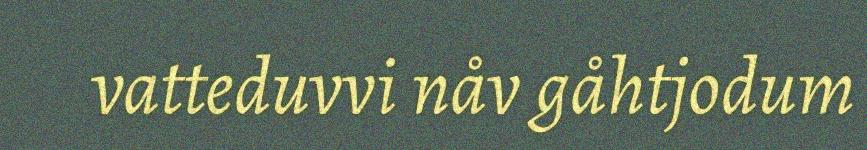
vatteduvvi nåv gåhtjodum